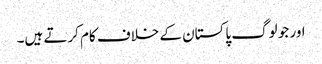
اور جو لوگ پاکستان کے خلاف کام کرتے ہیں۔